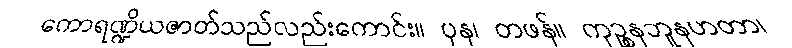
ကောရဏ္ဍိယဇာတ်သည်လည်းကောင်း။ ပုန၊ တဖန်။ ကုဉ္စနဘူနဟတာ၊